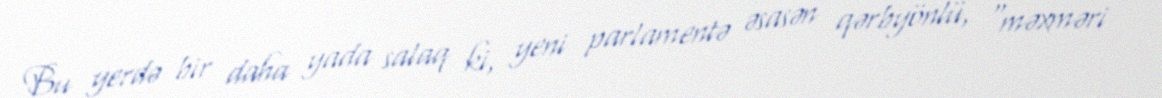
Bu yerdə bir daha yada salaq ki, yeni parlamentə əsasən qərbyönlü, “məxməri